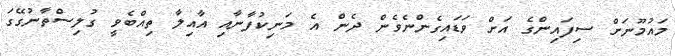
މައުމޫނަށް ސިފައިންގެ އަށް ވަޑައިގެންނެވެން ދެން އެ މަނިކުފާނާއި އާއިލާ ތިއްބެވީ ގުލިސްތާނުގޭގަ